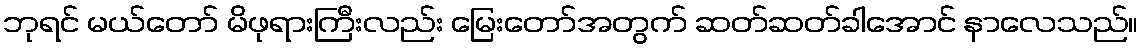
ဘုရင် မယ်တော် မိဖုရားကြီးလည်း မြေးတော်အတွက် ဆတ်ဆတ်ခါအောင် နာလေသည်။